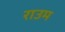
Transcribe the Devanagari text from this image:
राउम